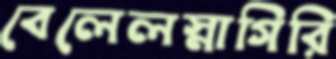
বেলেলস্নাগিরি